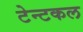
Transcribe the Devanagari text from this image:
टेन्टकल